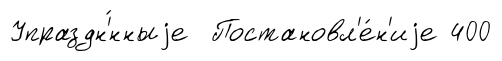
Упраздн'́нныjе Постановл'е́н'иjе 400